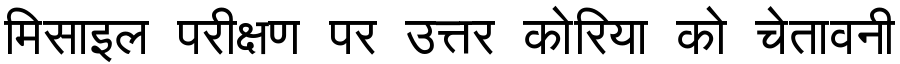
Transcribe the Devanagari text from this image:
मिसाइल परीक्षण पर उत्तर कोरिया को चेतावनी